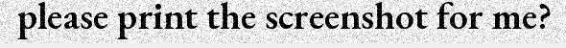
please print the screenshot for me?